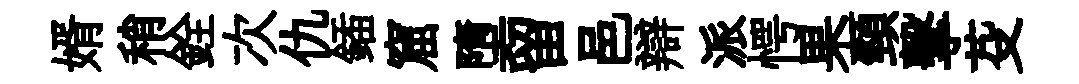
婿稍銓次仇鍤窟墮留邑辯派愕果頸擊芟